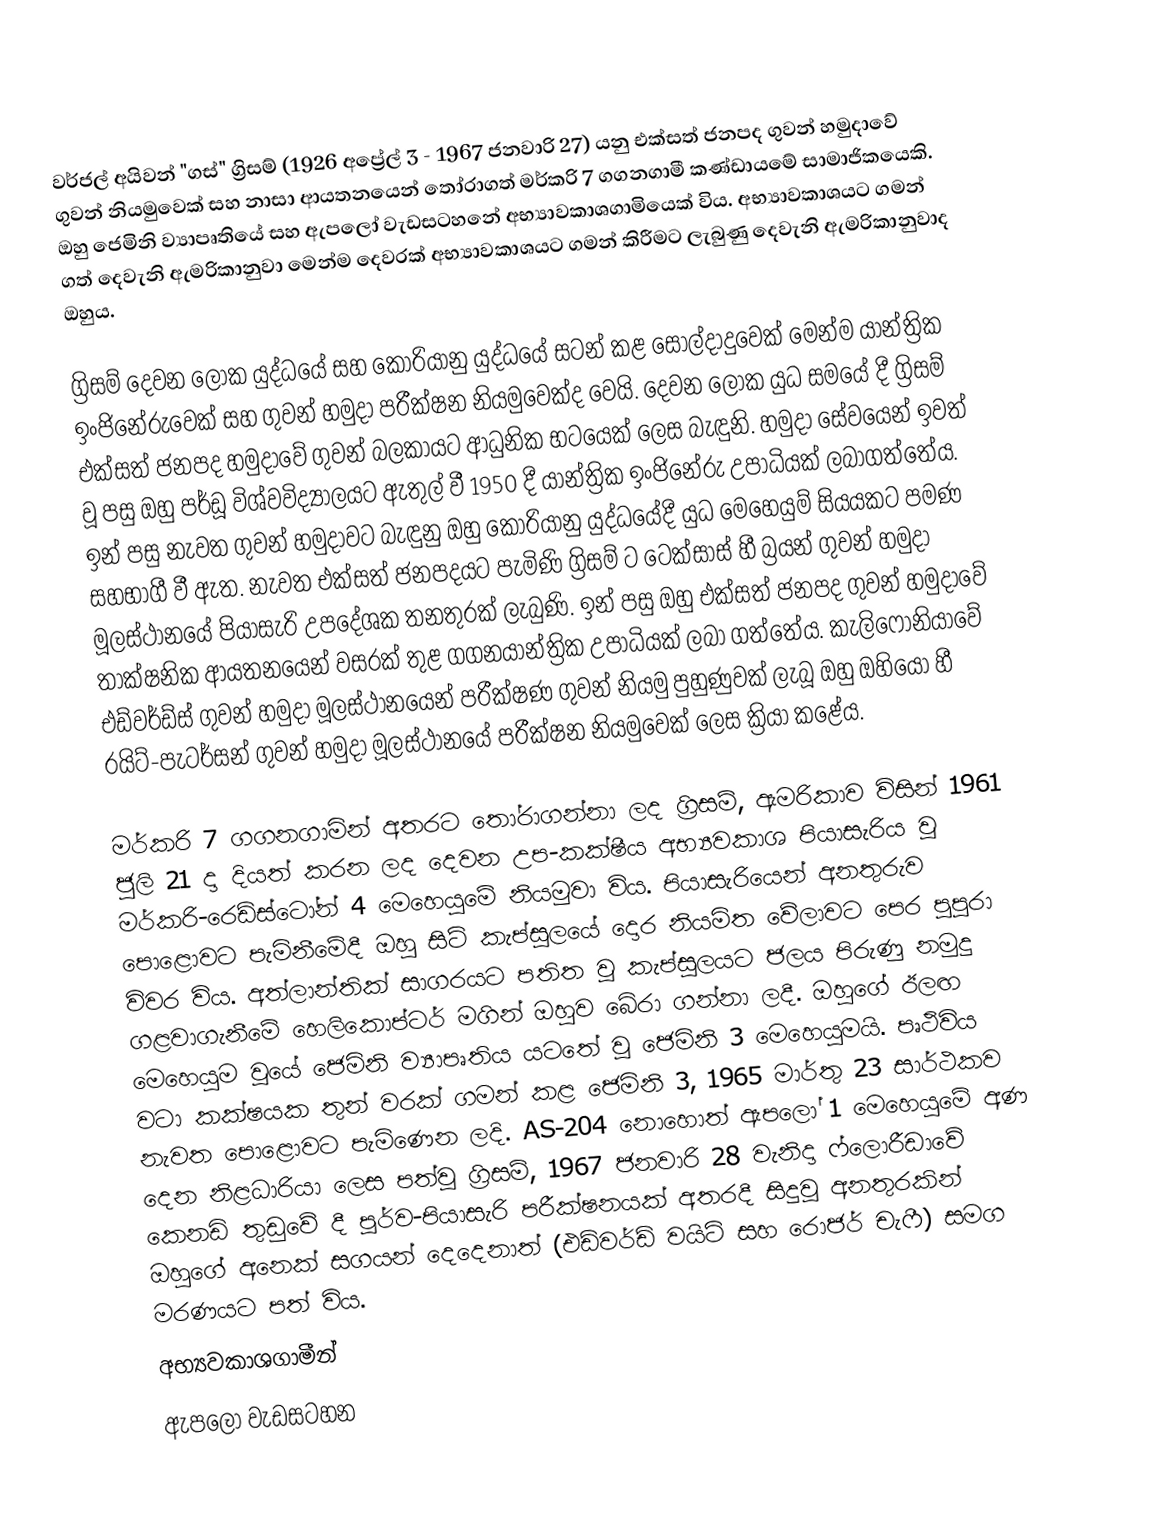
වර්ජල් අයිවන් "ගස්" ග්‍රිසම් (1926 අප්‍රේල් 3 - 1967 ජනවාරි 27) යනු එක්සත් ජනපද ගුවන් හමුදාවේ ගුවන් නියමුවෙක් සහ නාසා ආයතනයෙන් තෝරාගත් මර්කරි 7 ගගනගාමී කණ්ඩායමේ සාමාජිකයෙකි. ඔහු ජෙමිනි ව්‍යාපෘතියේ සහ ඇපලෝ වැඩසටහනේ අභ්‍යාවකාශගාමියෙක් විය. අභ්‍යාවකාශයට ගමන් ගත් දෙවැනි ඇමරිකානුවා මෙන්ම දෙවරක් අභ්‍යාවකාශයට ගමන් කිරීමට ලැබුණු දෙවැනි ඇමරිකානුවාද ඔහුය.

ග්‍රිසම් දෙවන ලෝක යුද්ධයේ සහ කොරියානු යුද්ධයේ සටන් කළ සොල්දාදුවෙක් මෙන්ම යාන්ත්‍රික ඉංජිනේරුවෙක් සහ ගුවන් හමුදා පරීක්ෂන නියමුවෙක්ද වෙයි. දෙවන ලෝක යුධ සමයේ දී ග්‍රිසම් එක්සත් ජනපද හමුදාවේ ගුවන් බලකායට ආධුනික භටයෙක් ලෙස බැඳුනි. හමුදා සේවයෙන් ඉවත් වූ පසු ඔහු පර්ඩූ විශ්වවිද්‍යාලයට ඇතුල් වී 1950 දී යාන්ත්‍රික ඉංජිනේරු උපාධියක් ලබාගත්තේය. ඉන් පසු නැවත ගුවන් හමුදාවට බැඳුනු ඔහු කොරියානු යුද්ධයේදී යුධ මෙහෙයුම් සියයකට පමණ සහභාගී වී ඇත. නැවත එක්සත් ජනපදයට පැමිණි ග්‍රිසම් ට ටෙක්සාස් හී බ්‍රයන් ගුවන් හමුදා මූලස්ථානයේ පියාසැරි උපදේශක තනතුරක් ලැබුණි. ඉන් පසු ඔහු එක්සත් ජනපද ගුවන් හමුදාවේ තාක්ෂනික ආයතනයෙන් වසරක් තුළ ගගනයාන්ත්‍රික උපාධියක් ලබා ගත්තේය. කැලිෆෝනියාවේ එඩ්වර්ඩ්ස් ගුවන් හමුදා මූලස්ථානයෙන් පරීක්ෂණ ගුවන් නියමු පුහුණුවක් ලැබූ ඔහු ඔහියෝ හී රයිට්-පැටර්සන් ගුවන් හමුදා මූලස්ථානයේ පරීක්ෂන නියමුවෙක් ලෙස ක්‍රියා කළේය.

මර්කරි 7 ගගනගාමින් අතරට තෝරාගන්නා ලද ග්‍රිසම්, ඇමරිකාව විසින් 1961 ජුලි 21 දා දියත් කරන ලද දෙවන උප-කක්ෂීය අභ්‍යවකාශ පියාසැරිය වූ මර්කරි-රෙඩ්ස්ටෝන් 4 මෙහෙයුමේ නියමුවා විය. පියාසැරියෙන් අනතුරුව පොළොවට පැමිනීමේදී ඔහු සිටි කැප්සූලයේ දොර නියමිත වේලාවට පෙර පුපුරා විවර විය. අත්ලාන්තික් සාගරයට පතිත වූ කැප්සූලයට ජලය පිරුණු නමුදු ගළවාගැනීමේ හෙලිකොප්ටර් මගින් ඔහුව බේරා ගන්නා ලදී. ඔහුගේ ඊලඟ මෙහෙයුම වූයේ ජෙමිනි ව්‍යාපෘතිය යටතේ වූ ජෙමිනි 3 මෙහෙයුමයි. පෘථිවිය වටා කක්ෂයක තුන් වරක් ගමන් කළ ජෙමිනි 3, 1965 මාර්තු 23 සාර්ථකව නැවත පොළොවට පැමිණෙන ලදි. AS-204 නොහොත් ඇපලෝ 1 මෙහෙයුමේ අණ දෙන නිළධාරියා ලෙස පත්වූ ග්‍රිසම්, 1967 ජනවාරි 28 වැනිදා ෆ්ලොරීඩාවේ කෙනඩි තුඩුවේ දී පූර්ව-පියාසැරි පරීක්ෂනයක් අතරදී සිදුවූ අනතුරකින් ඔහුගේ අනෙක් සගයන් දෙදෙනාත් (එඩ්වර්ඩ් වයිට් සහ රොජර් චැෆී) සමග මරණයට පත් විය.
අභ්‍යවකාශගාමීන්
ඇපලෝ වැඩසටහන